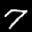
Label: 7